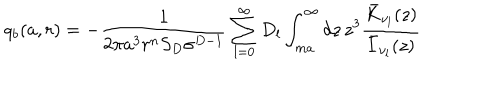
LaTeX: q _ { b } ( a , r ) = - \frac { 1 } { 2 \pi a ^ { 3 } r ^ { n } S _ { D } \sigma ^ { D - 1 } } \sum _ { l = 0 } ^ { \infty } D _ { l } \int _ { m a } ^ { \infty } d z \, z ^ { 3 } \frac { \bar { K } _ { \nu _ { l } } ( z ) } { \bar { I } _ { \nu _ { l } } ( z ) }